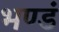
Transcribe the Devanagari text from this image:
भण्डं